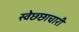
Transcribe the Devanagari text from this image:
स्वेछ्छाचारी